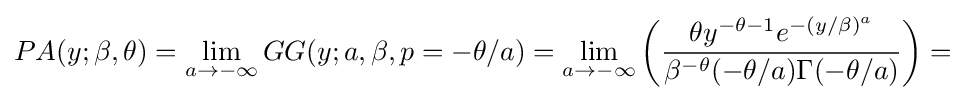
PA(y;\beta ,\theta )=\lim _{a\rightarrow -\infty }GG(y;a,\beta ,p=-\theta /a)=\lim _{a\rightarrow -\infty }\left({\frac {\theta y^{-\theta -1}e^{-(y/\beta )^{a}}}{\beta ^{-\theta }(-\theta /a)\Gamma (-\theta /a)}}\right)=